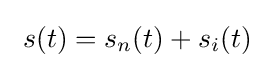
\ s(t)=s_{n}(t)+s_{i}(t)